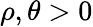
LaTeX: \rho,\theta>0